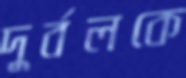
দুর্বলকে